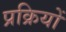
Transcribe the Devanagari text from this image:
प्रक्रियों